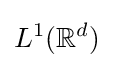
L^{1}(\mathbb {R} ^{d})